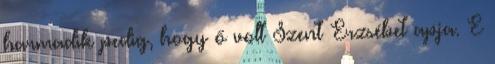
harmadik pedig, hogy ő volt Szent Erzsébet apja. E